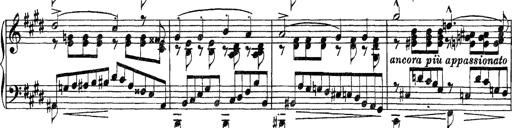
Title: Grandes Etudes
Composer: Franz Liszt